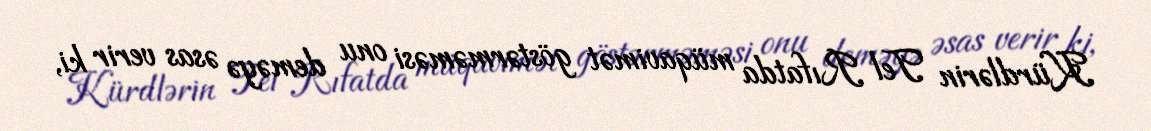
Kürdlərin Tel Rıfatda müqavimət göstərməməsi onu deməyə əsas verir ki,